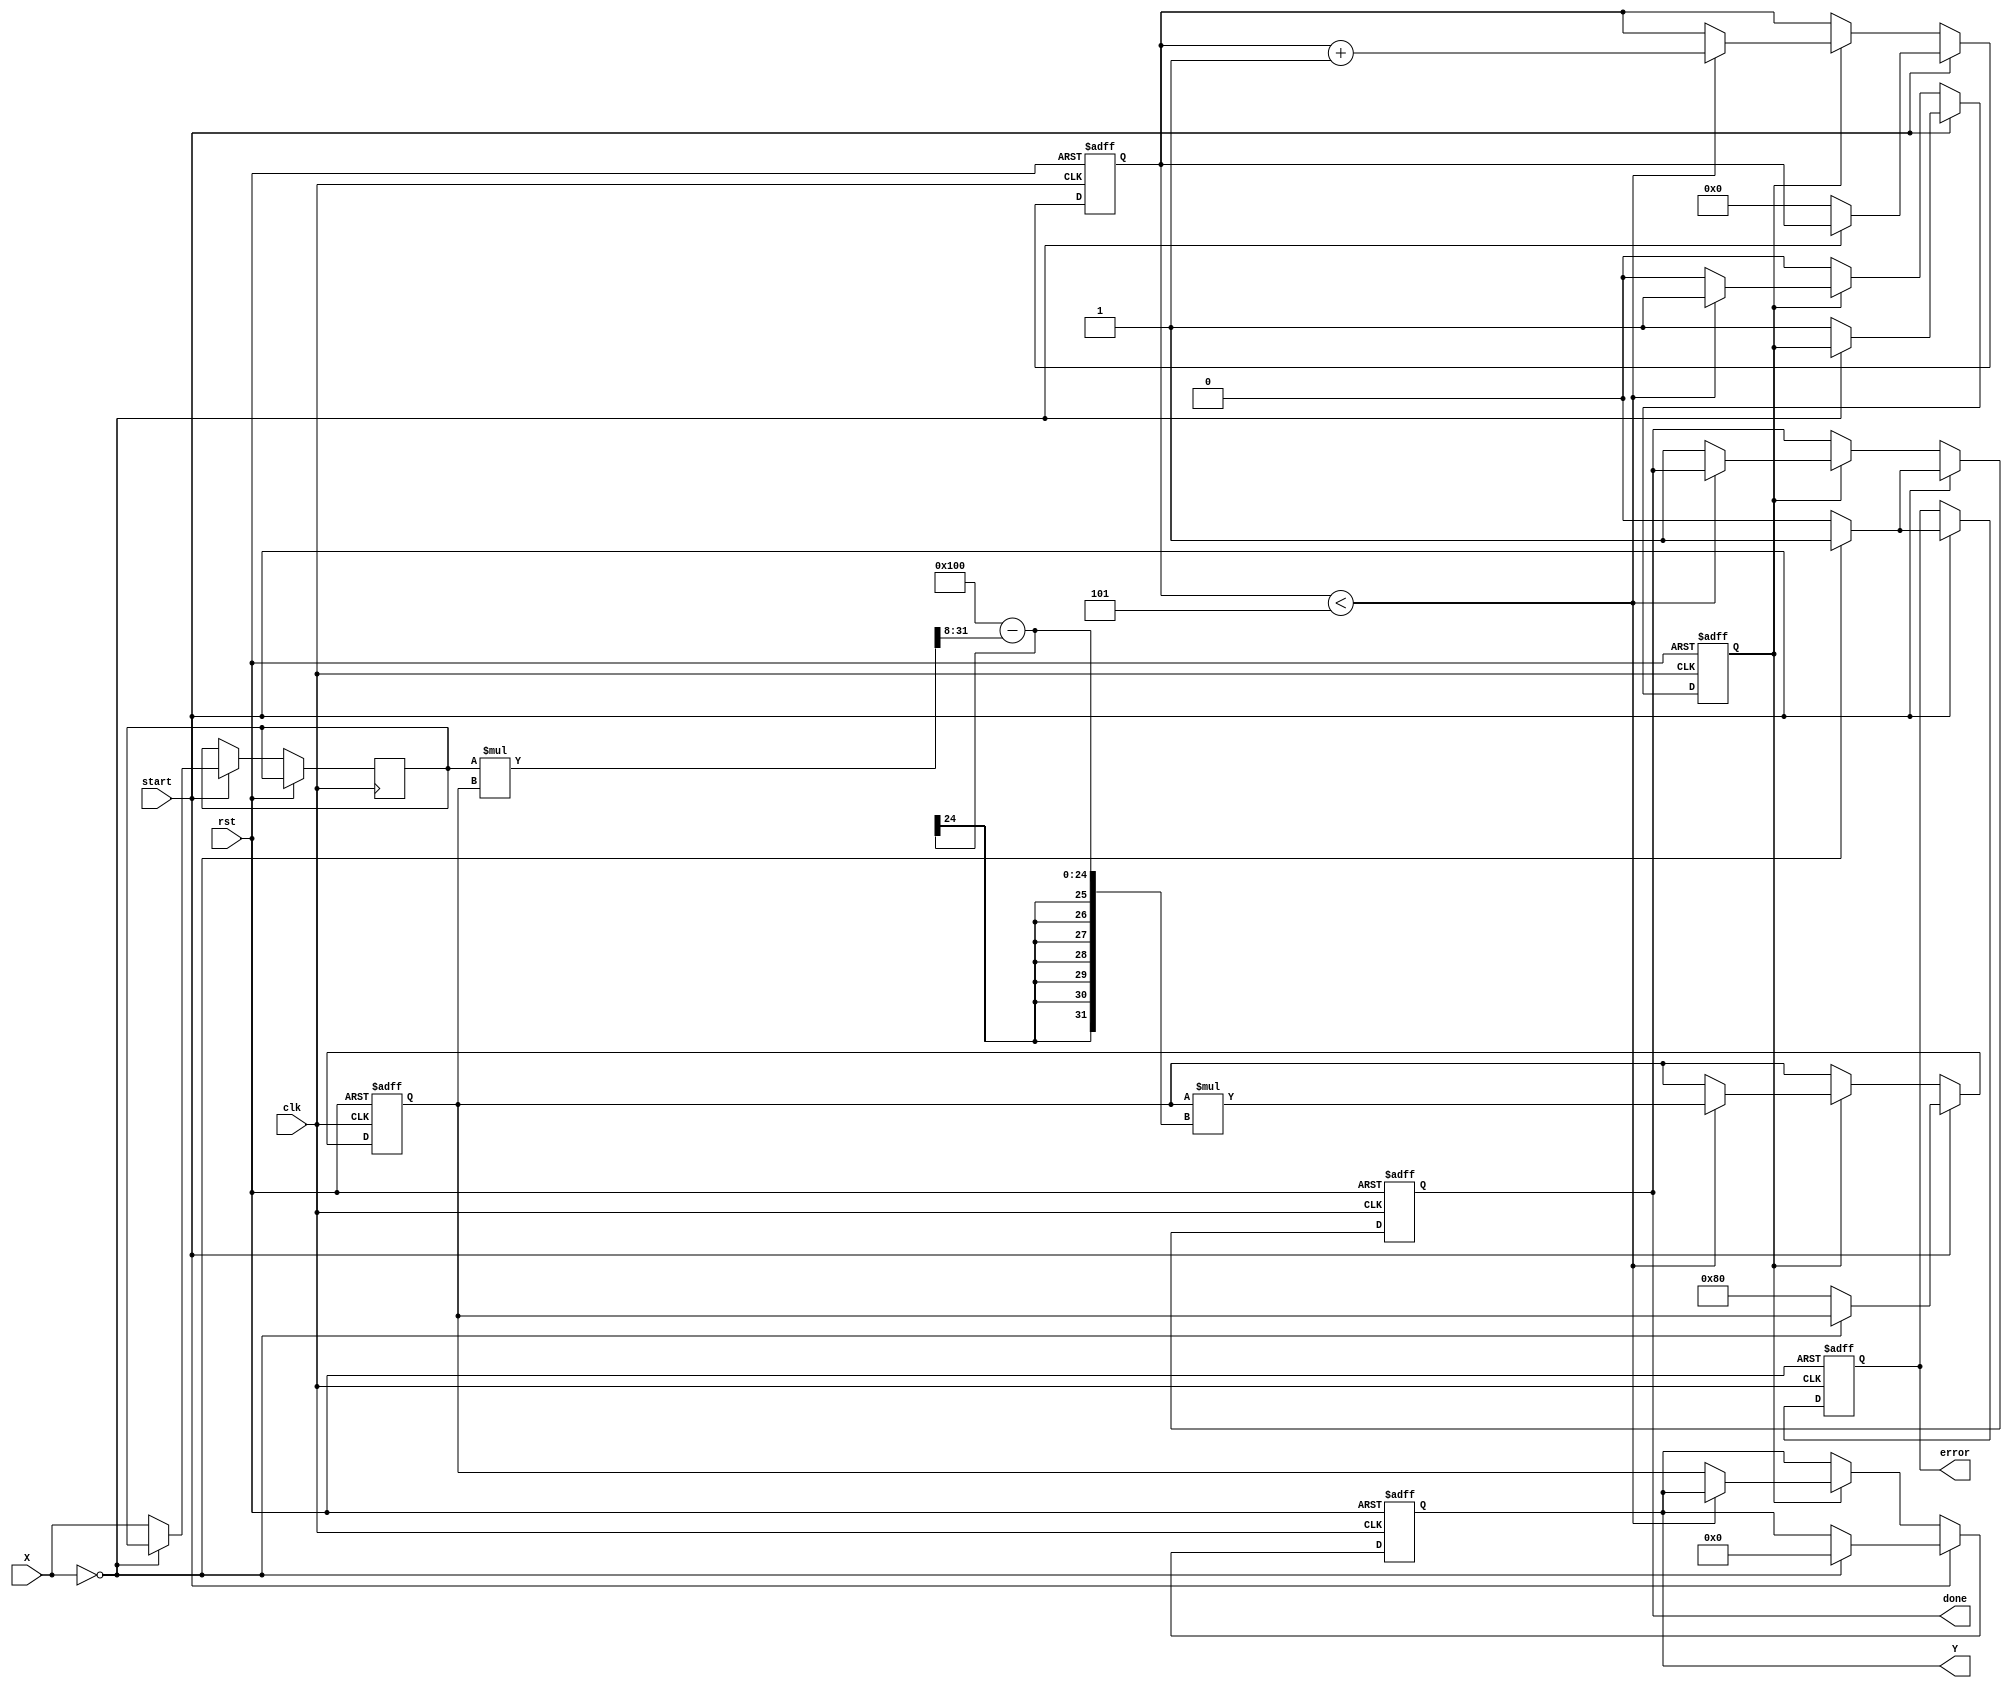
module FixedPointReciprocal #(
    parameter N = 16,          // Bit-width of input X
    parameter M = 16,          // Bit-width of output Y
    parameter FRACTIONAL_BITS = 8, // Number of fractional bits
    parameter MAX_ITERATIONS = 5 // Maximum iterations for convergence
)(
    input  wire clk,           // Clock signal
    input  wire rst,           // Reset signal
    input  wire [N-1:0] X,     // Input fixed-point number
    input  wire start,         // Start signal for computation
    output reg [M-1:0] Y,      // Output fixed-point reciprocal
    output reg done,           // Done signal
    output reg error           // Error signal (e.g., division by zero)
);

    // Internal signals
    reg [N-1:0] x_reg;         // Register for input
    reg [M-1:0] approx;        // Current approximation of reciprocal
    reg [3:0] iteration_count;  // Iteration counter
    reg valid_input;           // Flag for valid input

    // Initial guess for the reciprocal
    localparam INITIAL_GUESS = (1 << (M - FRACTIONAL_BITS - 1)); // 0.5 in fixed-point

    // Input validation and control logic
    always @(posedge clk or posedge rst) begin
        if (rst) begin
            done <= 0;
            error <= 0;
            iteration_count <= 0;
            valid_input <= 0;
            Y <= 0;
            approx <= 0;
        end else if (start) begin
            if (X == 0) begin
                error <= 1; // Division by zero
                done <= 1;
                Y <= 0; // Return zero or some predefined value
            end else begin
                error <= 0;
                valid_input <= 1;
                x_reg <= X;
                approx <= INITIAL_GUESS; // Start with initial guess
                iteration_count <= 0;
                done <= 0;
            end
        end else if (valid_input) begin
            if (iteration_count < MAX_ITERATIONS) begin
                // Newton-Raphson iteration: approx = approx * (2 - x * approx)
                approx <= approx * ((1 << FRACTIONAL_BITS) - (x_reg * approx >> FRACTIONAL_BITS));
                iteration_count <= iteration_count + 1;
            end else begin
                Y <= approx; // Final approximation
                done <= 1;   // Indicate completion
                valid_input <= 0; // Reset valid input flag
            end
        end
    end

endmodule